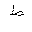
Letter: _da